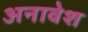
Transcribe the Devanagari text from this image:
अनावेश